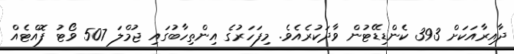
ދާއިރާއަކަށް 393 ކެންޑިޑޭޓުން ވާދަކުރެއެވެ. މިފަހަރުގެ އިންތިހާބުގައި ޖުމްލަ 507 ވޯޓު ފޮއްޓެއް